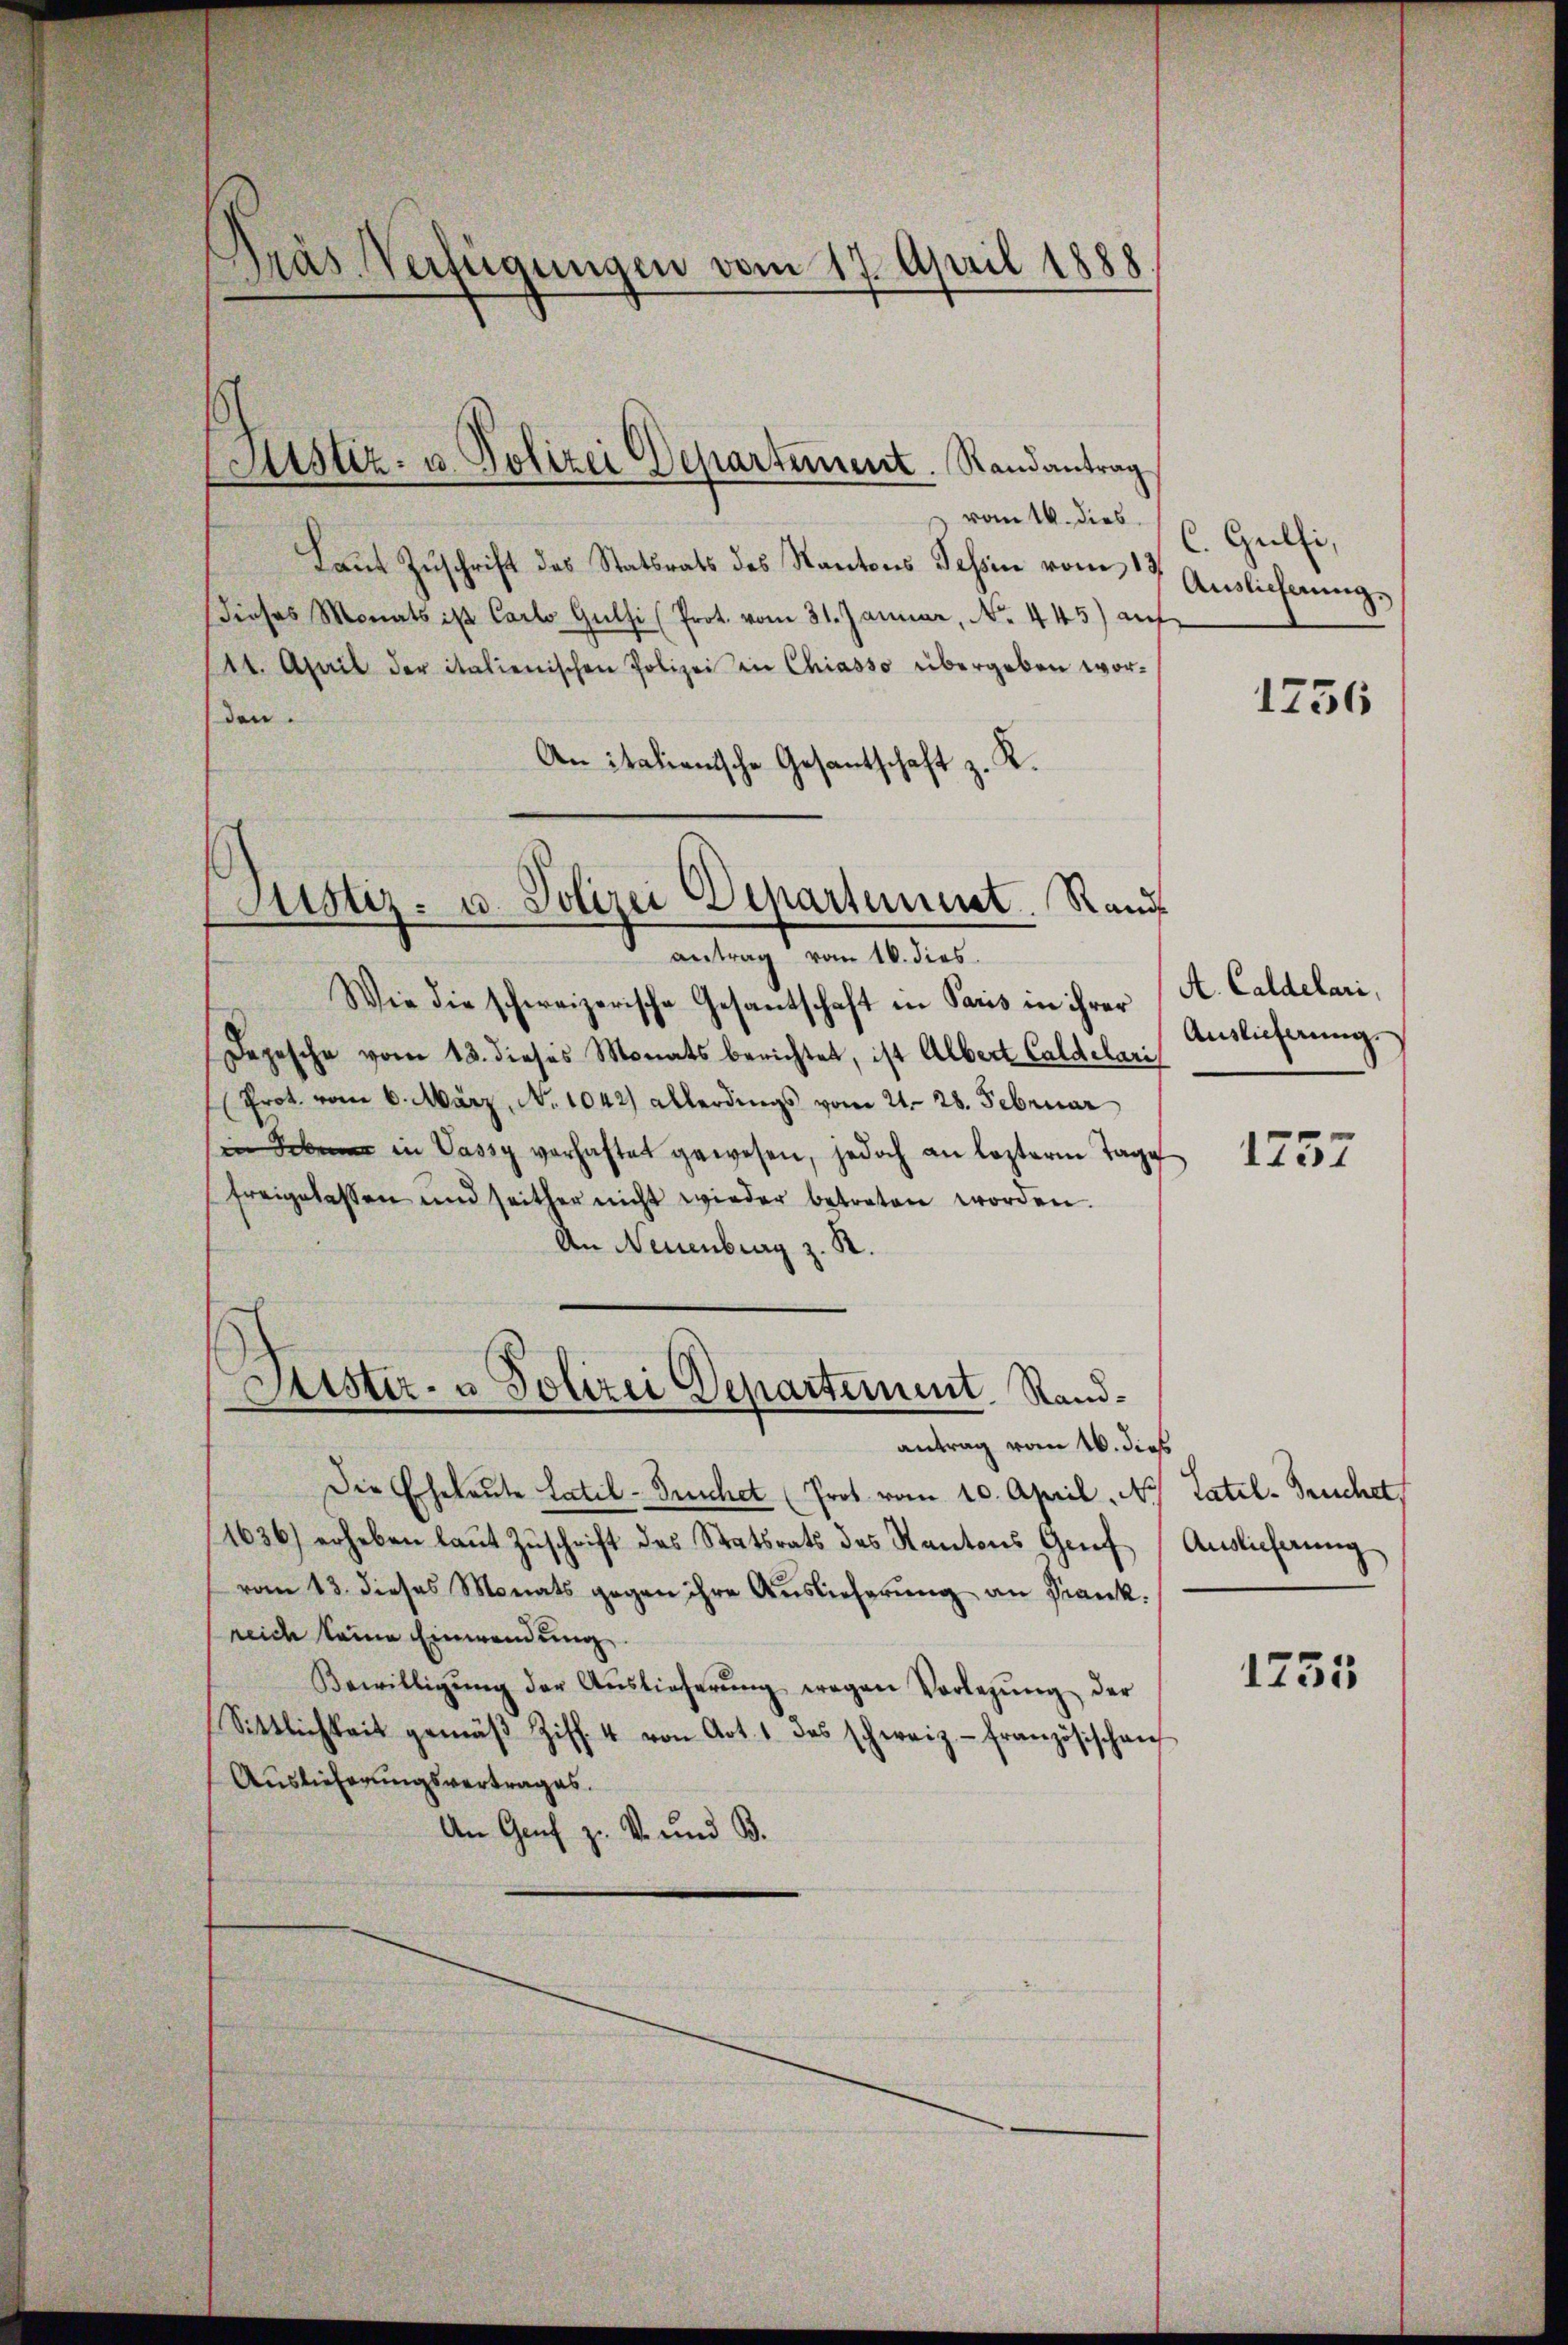
Gras Verfügungen vom 17. April 1888

Sistiz- u. Polizei Departement. Randantrag

vom 16. dies u. Gulfi,
Laut Zuschrift des Statsrats des Kantons Tessin vom 13.
dieses Monats ist Carlo Gulsi (Prot. vom 31. Januar, No. 445) auf
114. April der italienischen Polizei in Chiasso übergeben worden.
An italienische Gesantschaft z. R.
Wie die schweizerische Gesantschaft in Paris in ihrer
Depesche vom 13. dieses Monats berichtet, ist Albert Caldele Auslieferŭng.
(Prot. vom 6. März, No. 1042) allerdings vom 21. 28. Februar
 in Vassy verhaftet gewesen, jedoch an leztere Tage
freigelassen und seither nicht wieder betreten worden.
An Neuenburg z. R.
Justiz- & Polizei Departement. Randantrag vom 16. dies
Die Eheleute Latil-Buchet (Prot vom 10. April N. Tatel-Truchet,
1636) erheben laŭt Zŭschrift des Statsrats des Kantons Grief Auslicherung
vom 13. dieses Monats gegen ihre Auslieferung an Frank.
reide keine Einwendung
Bewilligŭng der Aŭslieferŭng wegen Vorlegŭng der
Sittlichkeit gemäβ Ziff. 4 von Art. 1. das schweiz.- französischen
Auslieferungsvertrages.
An Genf z. v. und B.

Justiz- u. Polizei Departement. Rand
antrag vom 16. dies

Auslieferung
1256

A. Caldelari,

1757

1755